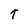
Character: T